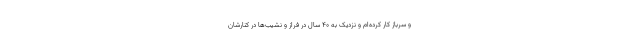
و سرباز کار کرده‌ام و نزدیک به ۴۰ سال در فراز و نشیب‌ها در کنارشان